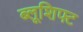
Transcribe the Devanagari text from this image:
ब्लूशिफ्ट